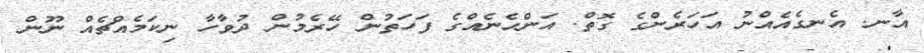
އާނ. އެނގެއެއްނު އަހަރެންގެ ގޮތް. އަންހެނެއްގެ ފަހަތުން ހޭރެމުން ދުވާހާ ނިކަމެއްޗެއް ނޫން